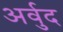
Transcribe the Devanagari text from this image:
अर्वुद